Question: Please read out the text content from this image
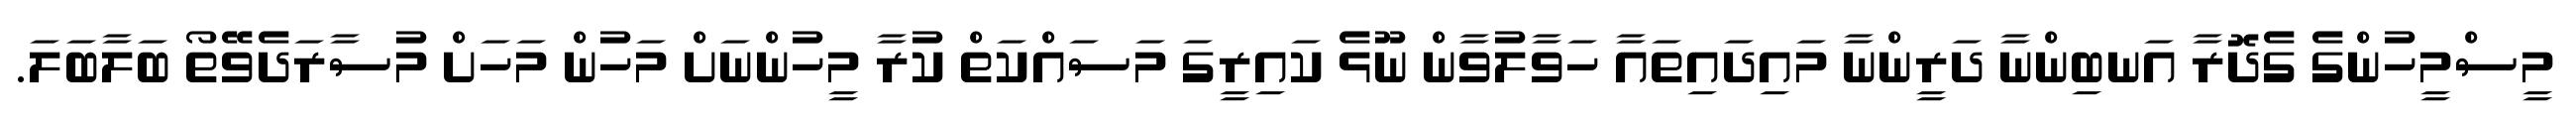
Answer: މީސްމީހުންގެ ގެދޮރާ އަނބިންނާ ދަރީންނާ މައިދައިތައާ ހަވާލުވާން ނޫޅެ ކައިރީގަ މަސައްކަތް ކުރާ މީހުންނަށް މަހުން މަހަށް މުސާރަދެވޭތޯ ބަލާބަލަ.